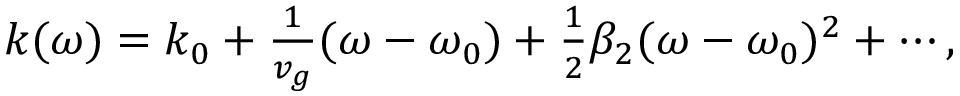
\begin{array} { r } { k ( \omega ) = k _ { 0 } + \frac { 1 } { v _ { g } } ( \omega - \omega _ { 0 } ) + \frac { 1 } { 2 } \beta _ { 2 } ( \omega - \omega _ { 0 } ) ^ { 2 } + \cdots , } \end{array}